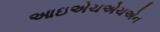
આઇએચએચએન